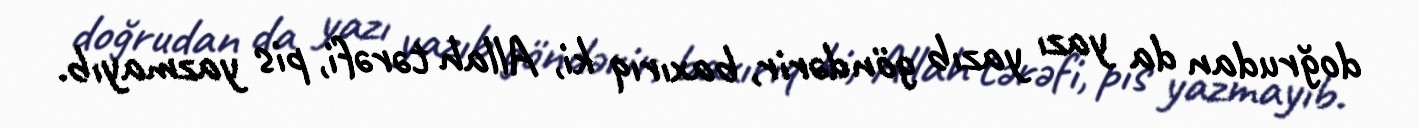
doğrudan da yazı yazıb göndərir, baxırıq ki, Allah tərəfi, pis yazmayıb.